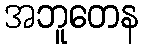
အဘူတေန